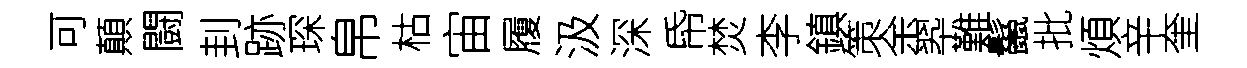
可顛闘刲跡琛帛枯宙履汲深帋焚李鎮策余翆難鬣批煩辛奎